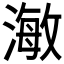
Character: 𭲅